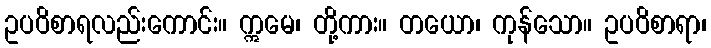
ဥပဝိစာရလည်းကောင်း။ ဣမေ၊ တို့ကား။ တယော၊ ကုန်သော။ ဥပဝိစာရာ၊